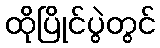
ထိုပြိုင်ပွဲတွင်